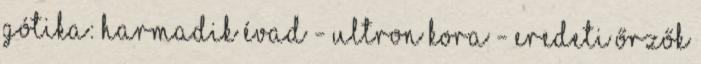
Gótika: Harmadik Évad - Ultron Kora - Eredeti Őrzők